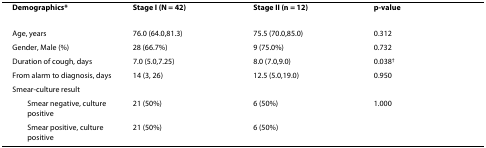
| Demographics* | Stage I (N = 42) | Stage II (n = 12) | p-value |
 | --- | --- | --- | --- |
 | Age, years | 76.0 (64.0,81.3) | 75.5 (70.0,85.0) | 0.312 |
 | Gender, Male (%) | 28 (66.7%) | 9 (75.0%) | 0.732 |
 | Duration of cough, days | 7.0 (5.0,7.25) | 8.0 (7.0,9.0) | 0.038† |
 | From alarm to diagnosis, days | 14 (3, 26) | 12.5 (5.0,19.0) | 0.950 |
 | Smear-culture result |  |  |  |
 | Smear negative, culture positive | 21 (50%) | 6 (50%) | 1.000 |
 | Smear positive, culture positive | 21 (50%) | 6 (50%) |  |